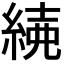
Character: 𦁱